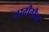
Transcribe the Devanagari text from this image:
भरतीतील